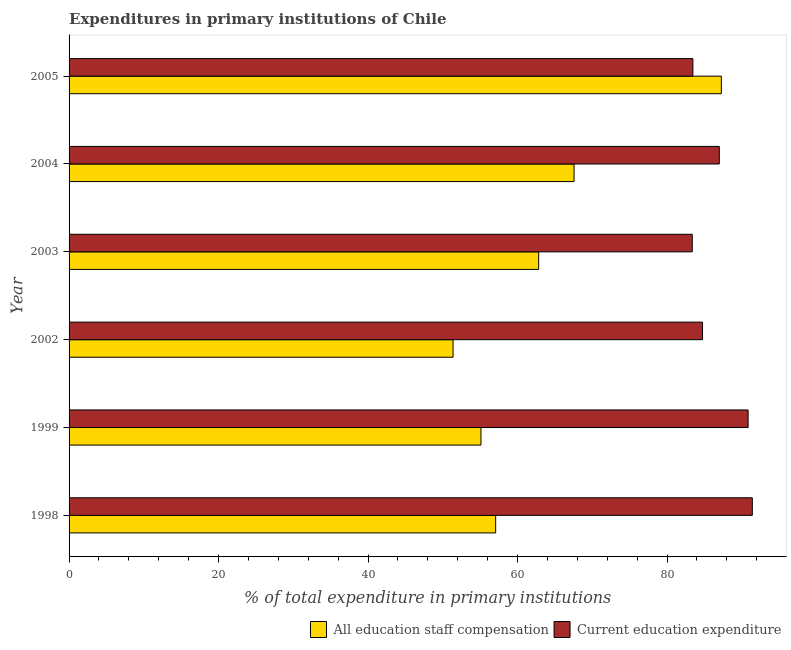
| Year | All education staff compensation | Current education expenditure |
 | --- | --- | --- |
 | 1998 | 57.1 | 91.4 |
 | 1999 | 55.1 | 90.8 |
 | 2002 | 51.4 | 84.7 |
 | 2003 | 62.8 | 83.4 |
 | 2004 | 67.6 | 87 |
 | 2005 | 87.3 | 83.5 |